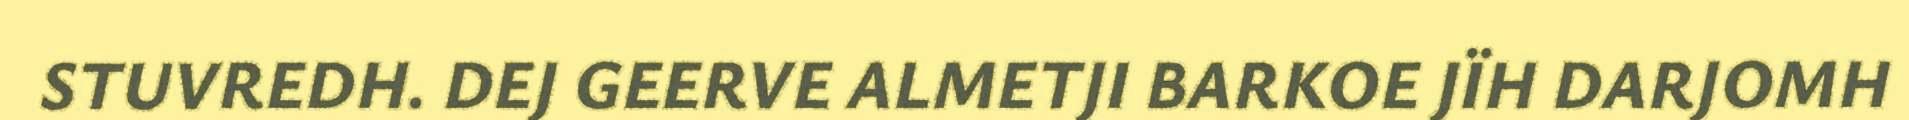
STUVREDH. DEJ GEERVE ALMETJI BARKOE JÏH DARJOMH